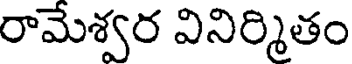
రామేశ్వర వినిర్మితం